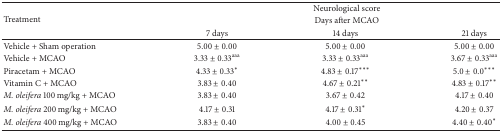
| <ROWSPAN=3> Treatment | <COLSPAN=3> Neurological score |
 | <COLSPAN=3> Days after MCAO |
 | 7 days | 14 days | 21 days |
 | --- | --- | --- | --- |
 | Vehicle + Sham operation | 5.00 ± 0.00 | 5.00 ± 0.00 | 5.00 ± 0.00 |
 | Vehicle + MCAO | 3.33 ± 0.33aaa | 3.33 ± 0.33aaa | 3.67 ± 0.33aaa |
 | Piracetam + MCAO | 4.33 ± 0.33* | 4.83 ± 0.17*** | 5.0 ± 0.0*** |
 | Vitamin C + MCAO | 3.83 ± 0.40 | 4.67 ± 0.21** | 4.83 ± 0.17** |
 | M. oleifera 100 mg/kg + MCAO | 3.83 ± 0.40 | 3.67 ± 0.42 | 4.17 ± 0.40 |
 | M. oleifera 200 mg/kg + MCAO | 4.17 ± 0.31 | 4.17 ± 0.31* | 4.20 ± 0.37 |
 | M. oleifera 400 mg/kg + MCAO | 3.83 ± 0.40 | 4.00 ± 0.45 | 4.40 ± 0.40* |